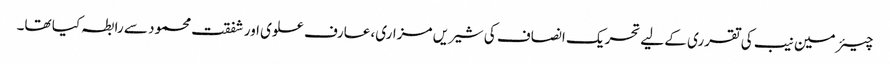
چیئرمین نیب کی تقرری کے لیے تحریک انصاف کی شیریں مزاری، عارف علوی اور شفقت محمود سے رابطہ کیا تھا۔